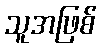
သူအဖြစ်